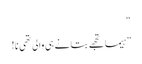
“
”ہیما تجھے بتانے ہی والی تھی نا!